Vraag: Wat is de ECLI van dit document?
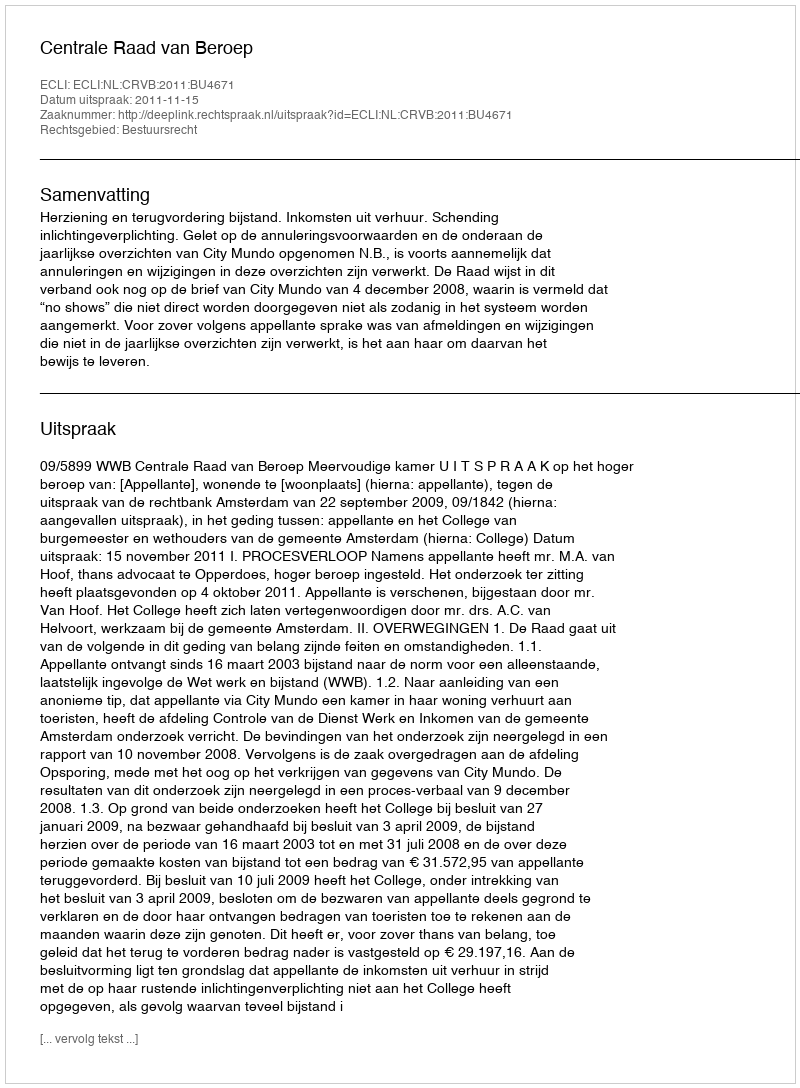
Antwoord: ECLI:NL:CRVB:2011:BU4671